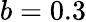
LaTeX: b=0.3